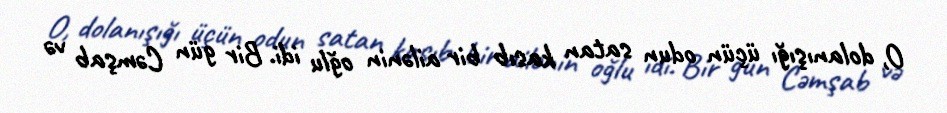
O, dolanışığı üçün odun satan kasıb bir ailənin oğlu idi. Bir gün Cəmşab və